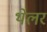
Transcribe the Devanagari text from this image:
थेलर